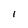
Character: l